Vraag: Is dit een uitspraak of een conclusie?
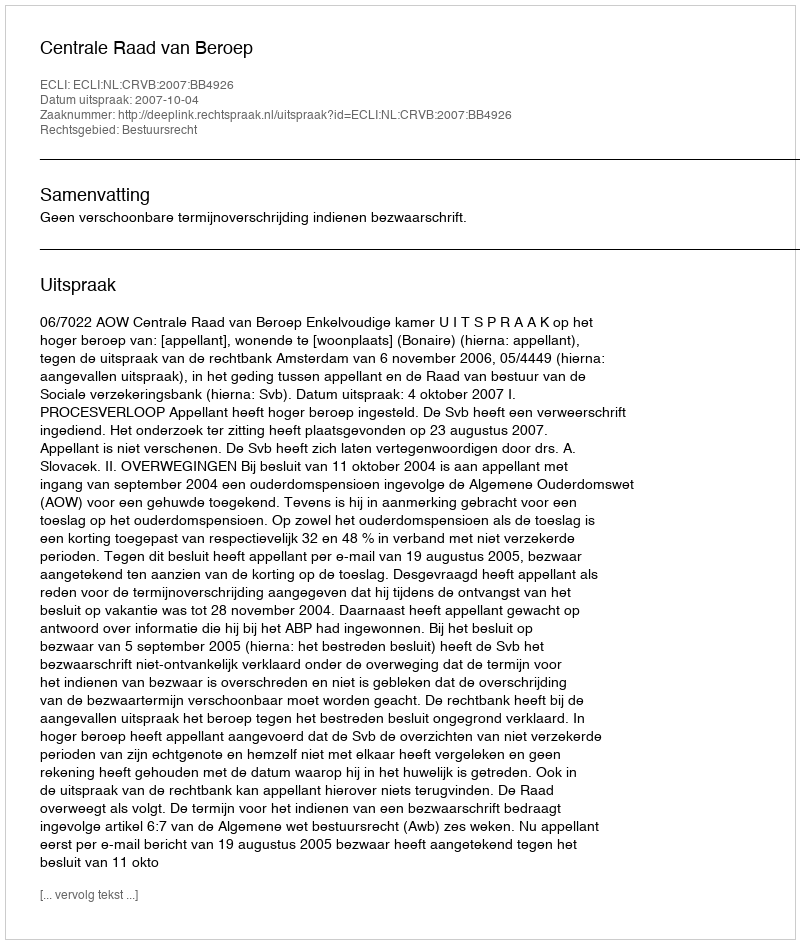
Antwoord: Uitspraak